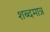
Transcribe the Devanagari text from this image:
शब्दमात्र